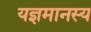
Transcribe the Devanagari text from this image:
यज्ञमानस्य